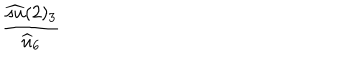
\frac { \widehat { s u } ( 2 ) _ { 3 } } { \widehat { u } _ { 6 } }